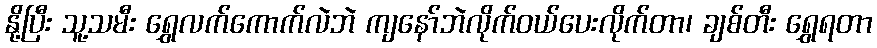
နို့ပြီး သူ့သမီး ရွှေလက်ကောက်လဲဘဲ ကျနော်ဘဲလိုက်ဝယ်ပေးလိုက်တာ၊ ချစ်တီး ရွှေရတာ